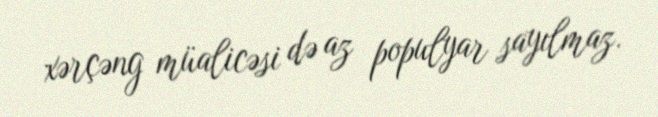
xərçəng müalicəsi də az populyar sayılmaz.